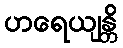
ဟရေယျန္တိ